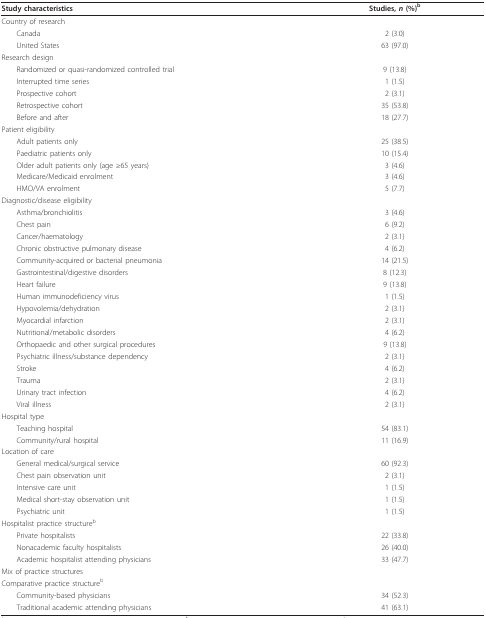
<table><thead><tr><td><b>Study characteristics</b></td><td><b>Studies, <i>n </i>(%)<sup>b</sup></b></td></tr></thead><tbody><tr><td>Country of research</td><td></td></tr><tr><td> Canada</td><td>2 (3.0)</td></tr><tr><td> United States</td><td>63 (97.0)</td></tr><tr><td>Research design</td><td></td></tr><tr><td> Randomized or quasi-randomized controlled trial</td><td>9 (13.8)</td></tr><tr><td> Interrupted time series</td><td>1 (1.5)</td></tr><tr><td> Prospective cohort</td><td>2 (3.1)</td></tr><tr><td> Retrospective cohort</td><td>35 (53.8)</td></tr><tr><td> Before and after</td><td>18 (27.7)</td></tr><tr><td>Patient eligibility</td><td></td></tr><tr><td> Adult patients only</td><td>25 (38.5)</td></tr><tr><td> Paediatric patients only</td><td>10 (15.4)</td></tr><tr><td> Older adult patients only (age ≥65 years)</td><td>3 (4.6)</td></tr><tr><td> Medicare/Medicaid enrolment</td><td>3 (4.6)</td></tr><tr><td> HMO/VA enrolment</td><td>5 (7.7)</td></tr><tr><td>Diagnostic/disease eligibility</td><td></td></tr><tr><td> Asthma/bronchiolitis</td><td>3 (4.6)</td></tr><tr><td> Chest pain</td><td>6 (9.2)</td></tr><tr><td> Cancer/haematology</td><td>2 (3.1)</td></tr><tr><td> Chronic obstructive pulmonary disease</td><td>4 (6.2)</td></tr><tr><td> Community-acquired or bacterial pneumonia</td><td>14 (21.5)</td></tr><tr><td> Gastrointestinal/digestive disorders</td><td>8 (12.3)</td></tr><tr><td> Heart failure</td><td>9 (13.8)</td></tr><tr><td> Human immunodeficiency virus</td><td>1 (1.5)</td></tr><tr><td> Hypovolemia/dehydration</td><td>2 (3.1)</td></tr><tr><td> Myocardial infarction</td><td>2 (3.1)</td></tr><tr><td> Nutritional/metabolic disorders</td><td>4 (6.2)</td></tr><tr><td> Orthopaedic and other surgical procedures</td><td>9 (13.8)</td></tr><tr><td> Psychiatric illness/substance dependency</td><td>2 (3.1)</td></tr><tr><td> Stroke</td><td>4 (6.2)</td></tr><tr><td> Trauma</td><td>2 (3.1)</td></tr><tr><td> Urinary tract infection</td><td>4 (6.2)</td></tr><tr><td> Viral illness</td><td>2 (3.1)</td></tr><tr><td>Hospital type</td><td></td></tr><tr><td> Teaching hospital</td><td>54 (83.1)</td></tr><tr><td> Community/rural hospital</td><td>11 (16.9)</td></tr><tr><td>Location of care</td><td></td></tr><tr><td> General medical/surgical service</td><td>60 (92.3)</td></tr><tr><td> Chest pain observation unit</td><td>2 (3.1)</td></tr><tr><td> Intensive care unit</td><td>1 (1.5)</td></tr><tr><td> Medical short-stay observation unit</td><td>1 (1.5)</td></tr><tr><td> Psychiatric unit</td><td>1 (1.5)</td></tr><tr><td>Hospitalist practice structure<sup>b</sup></td><td></td></tr><tr><td> Private hospitalists</td><td>22 (33.8)</td></tr><tr><td> Nonacademic faculty hospitalists</td><td>26 (40.0)</td></tr><tr><td> Academic hospitalist attending physicians</td><td>33 (47.7)</td></tr><tr><td>Mix of practice structures</td><td></td></tr><tr><td>Comparative practice structure<sup>b</sup></td><td></td></tr><tr><td> Community-based physicians</td><td>34 (52.3)</td></tr><tr><td> Traditional academic attending physicians</td><td>41 (63.1)</td></tr></tbody></table>